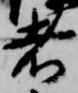
者